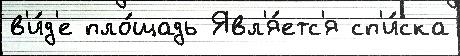
в'и́д'е пло́щадь Явл'я́етс'я сп'и́ска